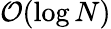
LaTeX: {\cal O}(\log N)